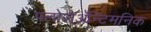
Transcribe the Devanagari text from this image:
फ्लोरोअॅन्टिमनिक